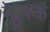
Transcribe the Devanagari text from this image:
रेठ्ठूरक